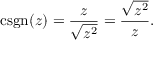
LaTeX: \operatorname { c s g n } ( z ) = { \frac { z } { \sqrt { z ^ { 2 } } } } = { \frac { \sqrt { z ^ { 2 } } } { z } } .